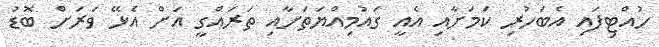
ހުއްޓިފައި އެބަހުރި ކަމަށާއި އެއީ ގައުމިއްޔަތަށާއި ތަރައްގީ އަށް އެޅޭ ވަރަށް ބޮޑު